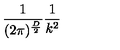
\frac { 1 } { ( 2 \pi ) ^ { \frac { D } { 2 } } } \frac { 1 } { k ^ { 2 } }